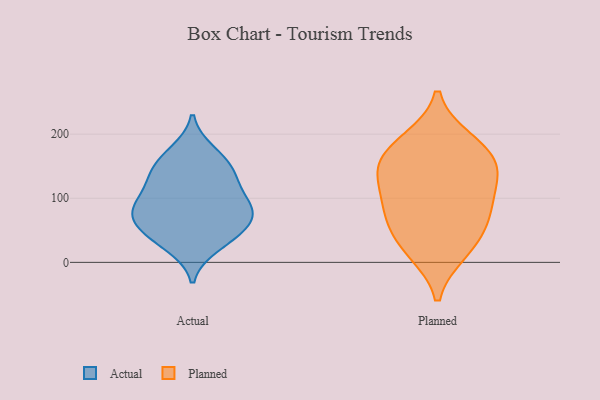
{"axis": {"x": "Net Income (USD K)", "y": "Value"}, "legend": ["Actual", "Planned"], "data": [{"x": "", "y": 97, "type": "Actual"}, {"x": "", "y": 82, "type": "Actual"}, {"x": "", "y": 80, "type": "Actual"}, {"x": "", "y": 125, "type": "Actual"}, {"x": "", "y": 66, "type": "Actual"}, {"x": "", "y": 89, "type": "Actual"}, {"x": "", "y": 66, "type": "Actual"}, {"x": "", "y": 160, "type": "Actual"}, {"x": "", "y": 26, "type": "Actual"}, {"x": "", "y": 172, "type": "Actual"}, {"x": "", "y": 141, "type": "Actual"}, {"x": "", "y": 44, "type": "Actual"}, {"x": "", "y": 134, "type": "Actual"}, {"x": "", "y": 39, "type": "Actual"}, {"x": "", "y": 190, "type": "Planned"}, {"x": "", "y": 17, "type": "Planned"}, {"x": "", "y": 81, "type": "Planned"}, {"x": "", "y": 75, "type": "Planned"}, {"x": "", "y": 146, "type": "Planned"}, {"x": "", "y": 127, "type": "Planned"}, {"x": "", "y": 54, "type": "Planned"}, {"x": "", "y": 184, "type": "Planned"}, {"x": "", "y": 155, "type": "Planned"}, {"x": "", "y": 23, "type": "Planned"}, {"x": "", "y": 99, "type": "Planned"}, {"x": "", "y": 150, "type": "Planned"}]}